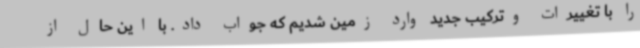
را با تغییرات وترکیب جدید وارد زمین شدیم که جواب داد. با این حال از